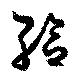
給